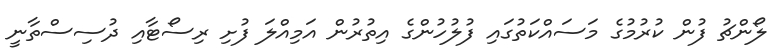
ލޯންޗު ފުން ކުރުމުގެ މަސައްކަތުގައި ފުލުހުންގެ އިތުރުން އަމިއްލަ ފުށި ރިސޯޓާއި ދުސިސްތާނީ